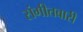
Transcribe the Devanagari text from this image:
संगीतबारी